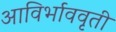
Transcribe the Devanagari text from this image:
आविर्भाववृती